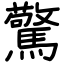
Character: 驚